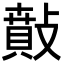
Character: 𢿠